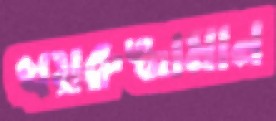
খয়রুজ্জামান